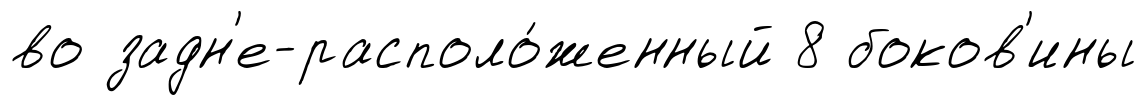
во задн'е-располо́женный 8 боков'ины